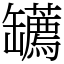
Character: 䍎